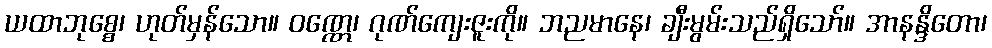
ယထာဘုစ္စေ၊ ဟုတ်မှန်သော။ ဝဏ္ဏေ၊ ဂုဏ်ကျေးဇူးကို။ ဘညမာနေ၊ ချီးမွမ်းသည်ရှိသော်။ အာနန္ဒိတော၊